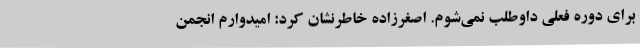
برای دوره فعلی داوطلب نمی‌شوم. اصغرزاده خاطرنشان کرد: امیدوارم انجمن